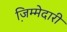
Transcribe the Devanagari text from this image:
जि़म्मेदारी